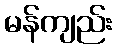
မန်ကျည်း